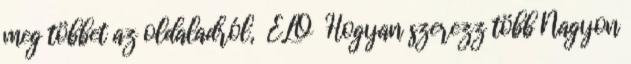
meg többet az oldaladról, ÉLŐ Hogyan szerezz több Nagyon